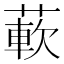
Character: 𬝵